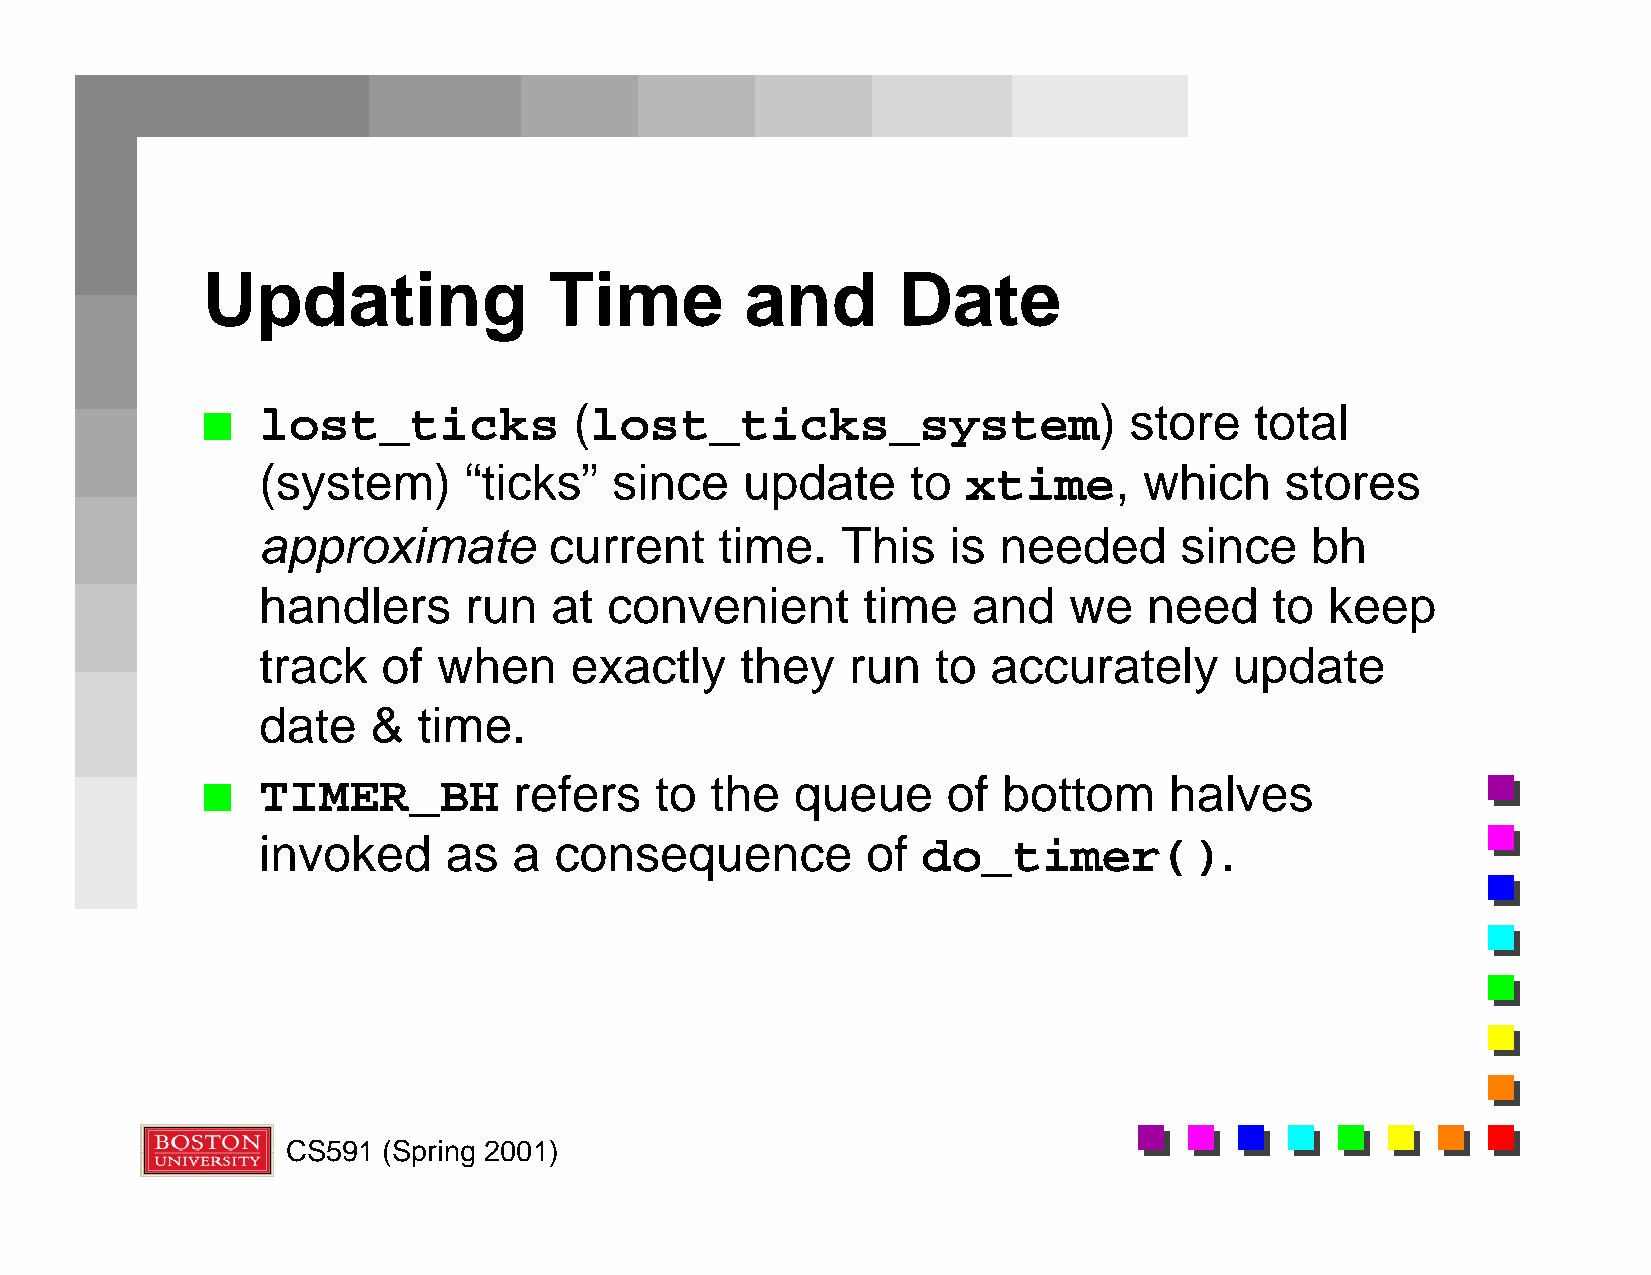
Updating               Time         and       Date
 lost_ticks           (lost_ticks_system)                  store   total
 n
 (system)      “ticks”   since   update     to  xtime,      which    stores
 approximate        current     time.   This   is needed      since    bh
 handlers      run  at  convenient       time   and    we   need    to  keep
 track   of  when     exactly    they   run   to  accurately      update
 date    &  time.
 TIMER_BH         refers   to  the   queue     of bottom     halves
 n
 invoked     as   a  consequence         of  do_timer().
 CS591 (Spring 2001)